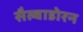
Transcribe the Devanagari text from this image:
सैल्वाडोरन